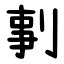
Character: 剚